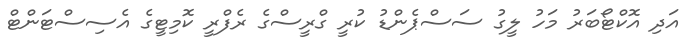
އަދި އޮކްޓޯބަރު މަހު ލީގު ސަސްޕެންޑު ކުރީ ގްރީސްގެ ރެފްރީ ކޮމިޓީގެ އެސިސްޓަންޓް